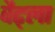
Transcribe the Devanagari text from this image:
वैट्ला